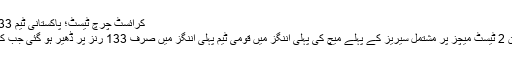
کرائسٹ چرچ ٹیسٹ؛ پاکستانی ٹیم 133 رنز پر ڈھیر - NEWS Line
پاکستان اور نیوزی لینڈ کے درمیان 2 ٹیسٹ میچز پر مشتمل سیریز کے پہلے میچ کی پہلی اننگز میں قومی ٹیم پہلی اننگز میں صرف 133 رنز پر ڈھیر ہو گئی جب کہ نیوزی لینڈ کی بیٹنگ جاری ہے۔